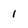
Character: 1